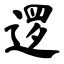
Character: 逻